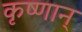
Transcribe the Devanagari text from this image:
कृष्णान्‌